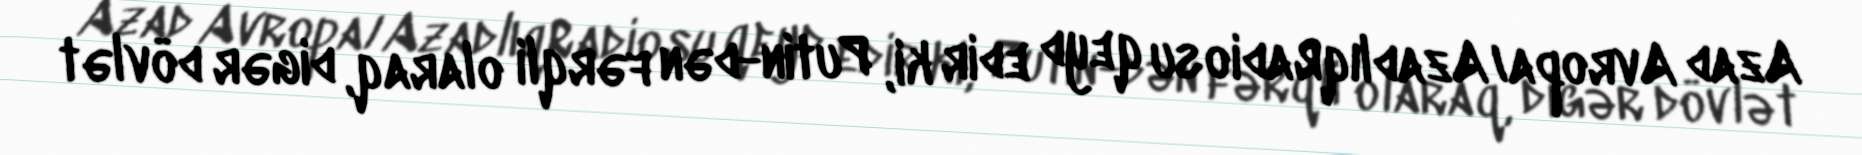
Azad Avropa/AzadlıqRadiosu qeyd edir ki, Putin-dən fərqli olaraq, digər dövlət